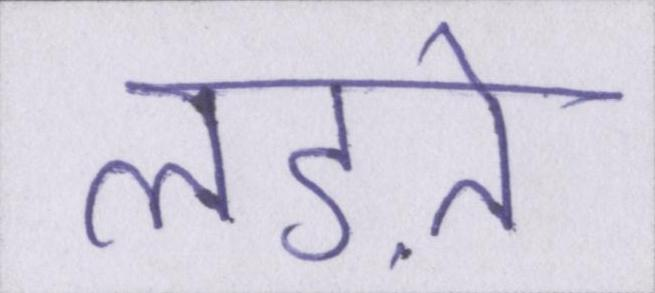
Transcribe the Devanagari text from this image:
लड़ते